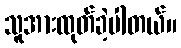
သူအားထုတ်ခဲ့ပါတယ်။